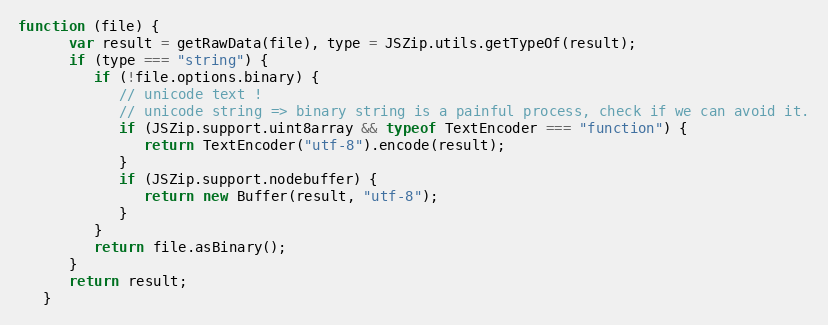
Language: JavaScript
function (file) {
      var result = getRawData(file), type = JSZip.utils.getTypeOf(result);
      if (type === "string") {
         if (!file.options.binary) {
            // unicode text !
            // unicode string => binary string is a painful process, check if we can avoid it.
            if (JSZip.support.uint8array && typeof TextEncoder === "function") {
               return TextEncoder("utf-8").encode(result);
            }
            if (JSZip.support.nodebuffer) {
               return new Buffer(result, "utf-8");
            }
         }
         return file.asBinary();
      }
      return result;
   }